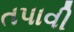
તપાવી